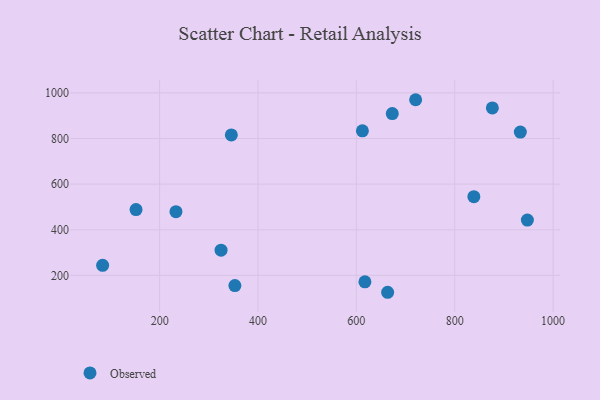
{"axis": {"x": "Ad Spend", "y": "Exam Score"}, "legend": ["Observed"], "data": [{"x": "720.5", "y": 969.9, "type": "Observed"}, {"x": "152.0", "y": 488.6, "type": "Observed"}, {"x": "353.0", "y": 155.3, "type": "Observed"}, {"x": "84.1", "y": 244.2, "type": "Observed"}, {"x": "947.7", "y": 442.3, "type": "Observed"}, {"x": "233.2", "y": 479.2, "type": "Observed"}, {"x": "933.4", "y": 828.1, "type": "Observed"}, {"x": "612.3", "y": 833.7, "type": "Observed"}, {"x": "663.6", "y": 126.0, "type": "Observed"}, {"x": "838.9", "y": 545.2, "type": "Observed"}, {"x": "617.4", "y": 171.7, "type": "Observed"}, {"x": "324.9", "y": 310.4, "type": "Observed"}, {"x": "345.8", "y": 815.5, "type": "Observed"}, {"x": "876.5", "y": 933.9, "type": "Observed"}, {"x": "673.0", "y": 909.1, "type": "Observed"}]}